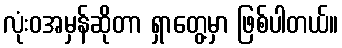
လုံးဝအမှန်ဆိုတာ ရှာတွေ့မှာ ဖြစ်ပါတယ်။